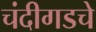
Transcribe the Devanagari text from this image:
चंदीगडचे